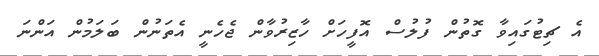
އެ ޗިޓުގައިވާ ގޮތުން ފުލުސް އޮފީހަށް ހާޒިރުވާން ޖެހެނީ އެތަނުން ބަލަމުން އަންނަ